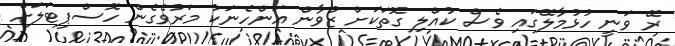
ރޭ ވަނީ ހުޅުމާލޭގައި ވެސް ކުއްލި ގޮތަކަށް ޒުވާން އަންހެނަކު މަރުވެގެން ހޮސްޕިޓަލަށް